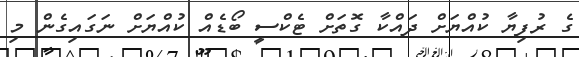
ގެ ރުފިޔާ ކުއްޔަށް ދައްކާ ގޮތަށް ޓެކްސީ ބޯޑެއް ކުއްޔަށް ނަގައިގެން މި